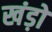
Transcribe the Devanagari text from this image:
खंड़ो